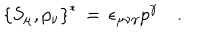
LaTeX: \left\{ S _ { \mu } , p _ { \nu } \right\} ^ { \ast } \, = \, \epsilon _ { \mu \nu \gamma } p ^ { \gamma } \quad .